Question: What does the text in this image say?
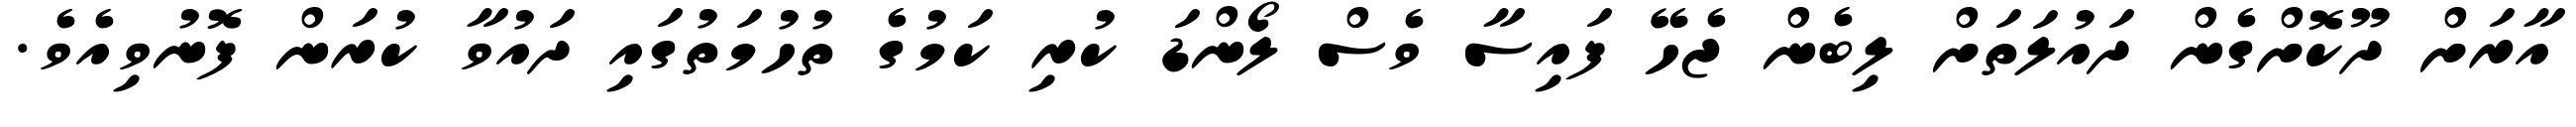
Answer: އާރަށް ދޫކޮށްގެން ދައުލަތަށް ލިބެން ޖެހޭ ފައިސާ ވެސް ލޯންޑަ ކުރި ކަމުގެ ތުހުމަތުގައި ދައުވާ ކުރަން ފޮނުވިއެވެ.